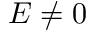
E \neq 0